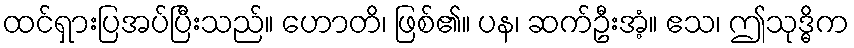
ထင်ရှားပြအပ်ပြီးသည်။ ဟောတိ၊ ဖြစ်၏။ ပန၊ ဆက်ဦးအံ့။ ဧသ၊ ဤသုဒ္ဓိက